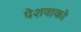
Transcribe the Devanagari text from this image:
पेशवाको